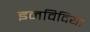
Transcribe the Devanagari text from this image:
इनविदिया